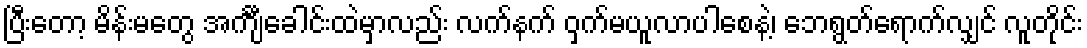
ပြီးတော့ မိန်းမတွေ အင်္ကျီခေါင်းထဲမှာလည်း လက်နက် ဝှက်မယူလာပါစေနဲ့၊ ဘေရွတ်ရောက်လျှင် လူတိုင်း